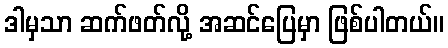
ဒါမှသာ ဆက်ဖတ်လို့ အဆင်ပြေမှာ ဖြစ်ပါတယ်။